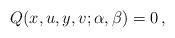
LaTeX: \begin{align*}Q(x,u,y,v;\alpha,\beta)=0\,,\end{align*}